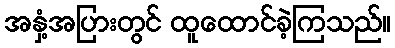
အနှံ့အပြားတွင် ထူထောင်ခဲ့ကြသည်။